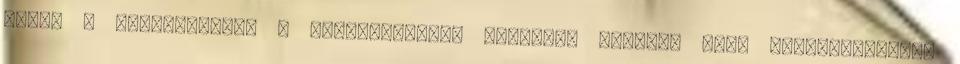
ebben a kategóriában a kereskedésből vásárlás kilőve, mert tisztességesen